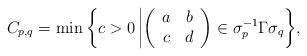
LaTeX: \begin{align*}C_{p,q} = \min \bigg{\lbrace} c > 0\,\bigg{|} \bigg(\begin{array}{ccc} a &b\\ c & d \end{array}\bigg) \in \sigma_{p}^{-1}\Gamma \sigma_{q} \bigg{\rbrace},\end{align*}